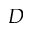
D